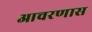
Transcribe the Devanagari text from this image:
आचरणास